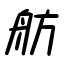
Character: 舫